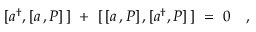
[ a ^ { \dagger } , [ a \, , P ] \, ] \ + \ [ \, [ a \, , P ] \, , [ a ^ { \dagger } , P ] \, ] \ = \ 0 \quad ,